King Institute of Preventive Medicine Micro-Biological Section reports 1909-11
Year: 1909
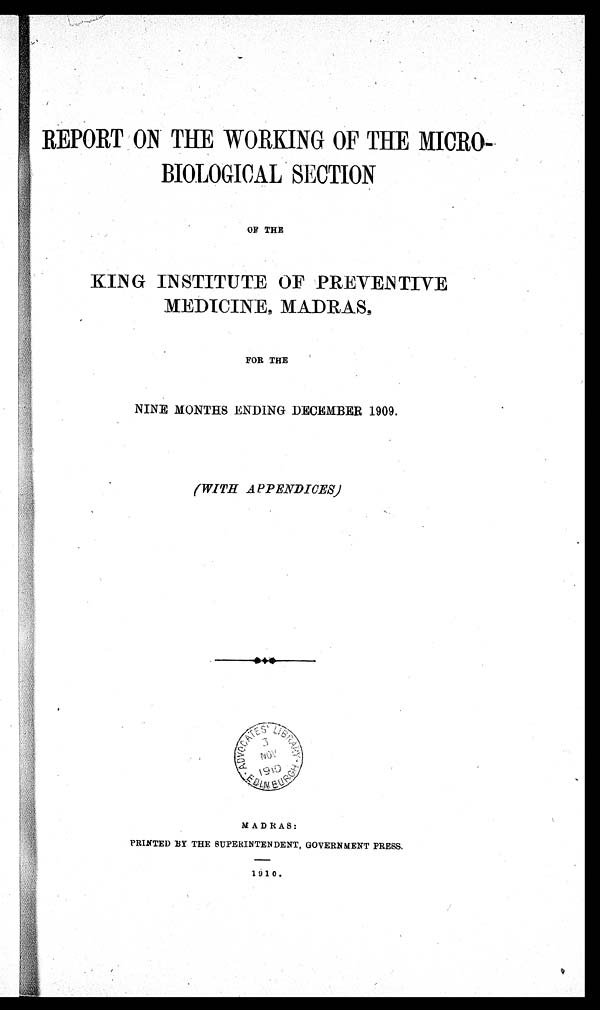
REPORT ON THE WORKING OF THE MICRO
-BIOLOGICAL SECTION
OF THE
KING INSTITUTE OF PR
EVETIVE
MEDICINE, MADRAS
FOR THE
NINE MONTHS ENDING DECEMBER 1909.
(WITH APPENDICES)
M A D R A S
.
PRINTED BY THE SUPERINTENDENT, GOVERNENT
PRESS.
1910.